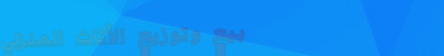
بيع وتوزيع الأثاث المنزلي